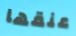
عنقها